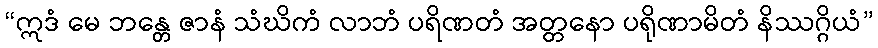
“ဣဒံ မေ ဘန္တေ ဇာနံ သံဃိကံ လာဘံ ပရိဏတံ အတ္တနော ပရိုဏာမိတံ နိဿဂ္ဂိယံ”